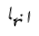
انها